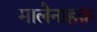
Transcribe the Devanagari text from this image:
मालेनाहक़